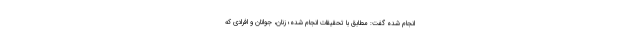
انجام شده گفت: مطابق با تحقیقات انجام شده؛ زنان، جوانان و افرادی که